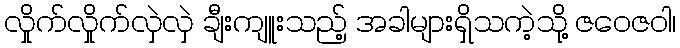
လှိုက်လှိုက်လှဲလှဲ ချီးကျူးသည့် အခါများရှိသကဲ့သို့ ဇဝေဇဝါ၊